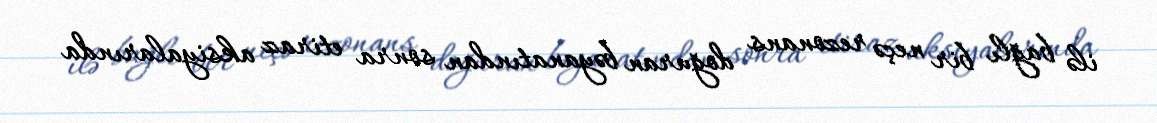
ilə bağlı bir neçə rezonans doğuran bəyanatından sonra etiraz aksiyalarında